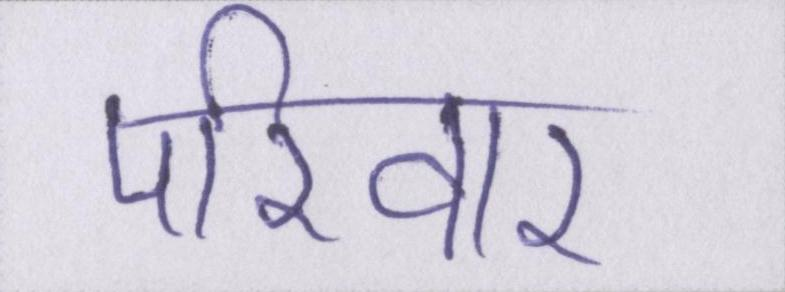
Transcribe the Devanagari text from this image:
परिवार